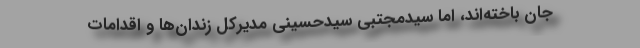
جان باخته‌اند، اما سید‌مجتبی سید‌حسینی مدیرکل زندان‌ها و اقدامات